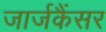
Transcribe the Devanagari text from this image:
जार्जकैंसर